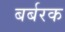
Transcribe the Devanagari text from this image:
बर्बरक